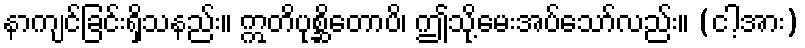
နာကျင်ခြင်းရှိသနည်း။ ဣတိပုစ္ဆိတောပိ၊ ဤသို့မေးအပ်သော်လည်း။ (ငါ့အား)